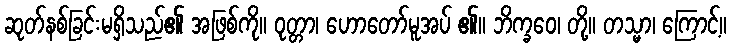
ဆုတ်နစ်ခြင်းမရှိသည်၏ အဖြစ်ကို။ ဝုတ္တာ၊ ဟောတော်မူအပ် ၏။ ဘိက္ခဝေ၊ တို့။ တသ္မာ၊ ကြောင့်။